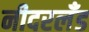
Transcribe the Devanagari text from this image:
नीदरलँड